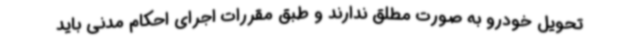
تحویل خودرو به صورت مطلق ندارند و طبق مقررات اجرای احکام مدنی باید